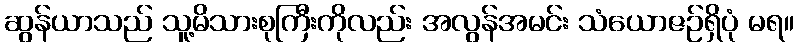
ဆွန်ယာသည် သူ့မိသားစုကြီးကိုလည်း အလွန်အမင်း သံယောဇဉ်ရှိပုံ မရ။